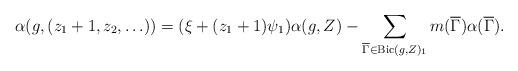
LaTeX: \begin{align*} \alpha(g,(z_1+1,z_2,\ldots))=(\xi+(z_1+1)\psi_1)\alpha(g,Z) - \sum_{\overline{\Gamma}\in {\rm Bic}({g},{Z})_1} m(\overline{\Gamma}) \alpha(\overline{\Gamma}). \end{align*}